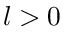
l > 0